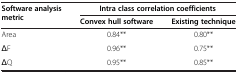
| <ROWSPAN=2> Software analysis metric | <COLSPAN=2> Intra class correlation coefficients |
 | Convex hull software | Existing technique |
 | --- | --- | --- |
 | Area | 0.84** | 0.80** |
 | ΔF | 0.96** | 0.75** |
 | ΔQ | 0.95** | 0.85** |